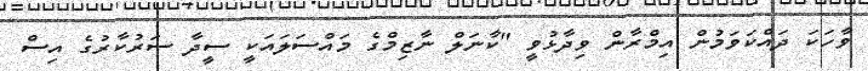
ވާހަކަ ދައްކަވަމުން އިމްރާން ވިދާޅުވީ "ކާނަލް ނާޒިމްގެ މައްސަލައަކީ ސީދާ ސަރުކާރުގެ އިސް